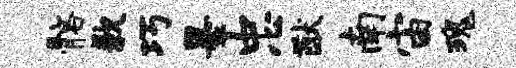
髂歉巧墨忠猷南宙瑰